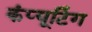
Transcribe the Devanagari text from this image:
कंप्‍यूटिंग